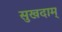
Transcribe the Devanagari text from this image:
सुखदाम्